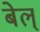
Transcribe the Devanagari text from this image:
बेल्